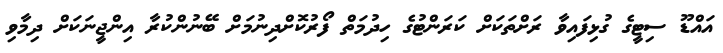
އައްޑޫ ސިޓީގެ ގުޅިފައިވާ ރަށްތަކަށް ކަރަންޓުގެ ހިދުމަތް ފޯރުކޮށްދިނުމަށް ބޭނުންކުރާ އިންޖީނަކަށް ދިމާވި